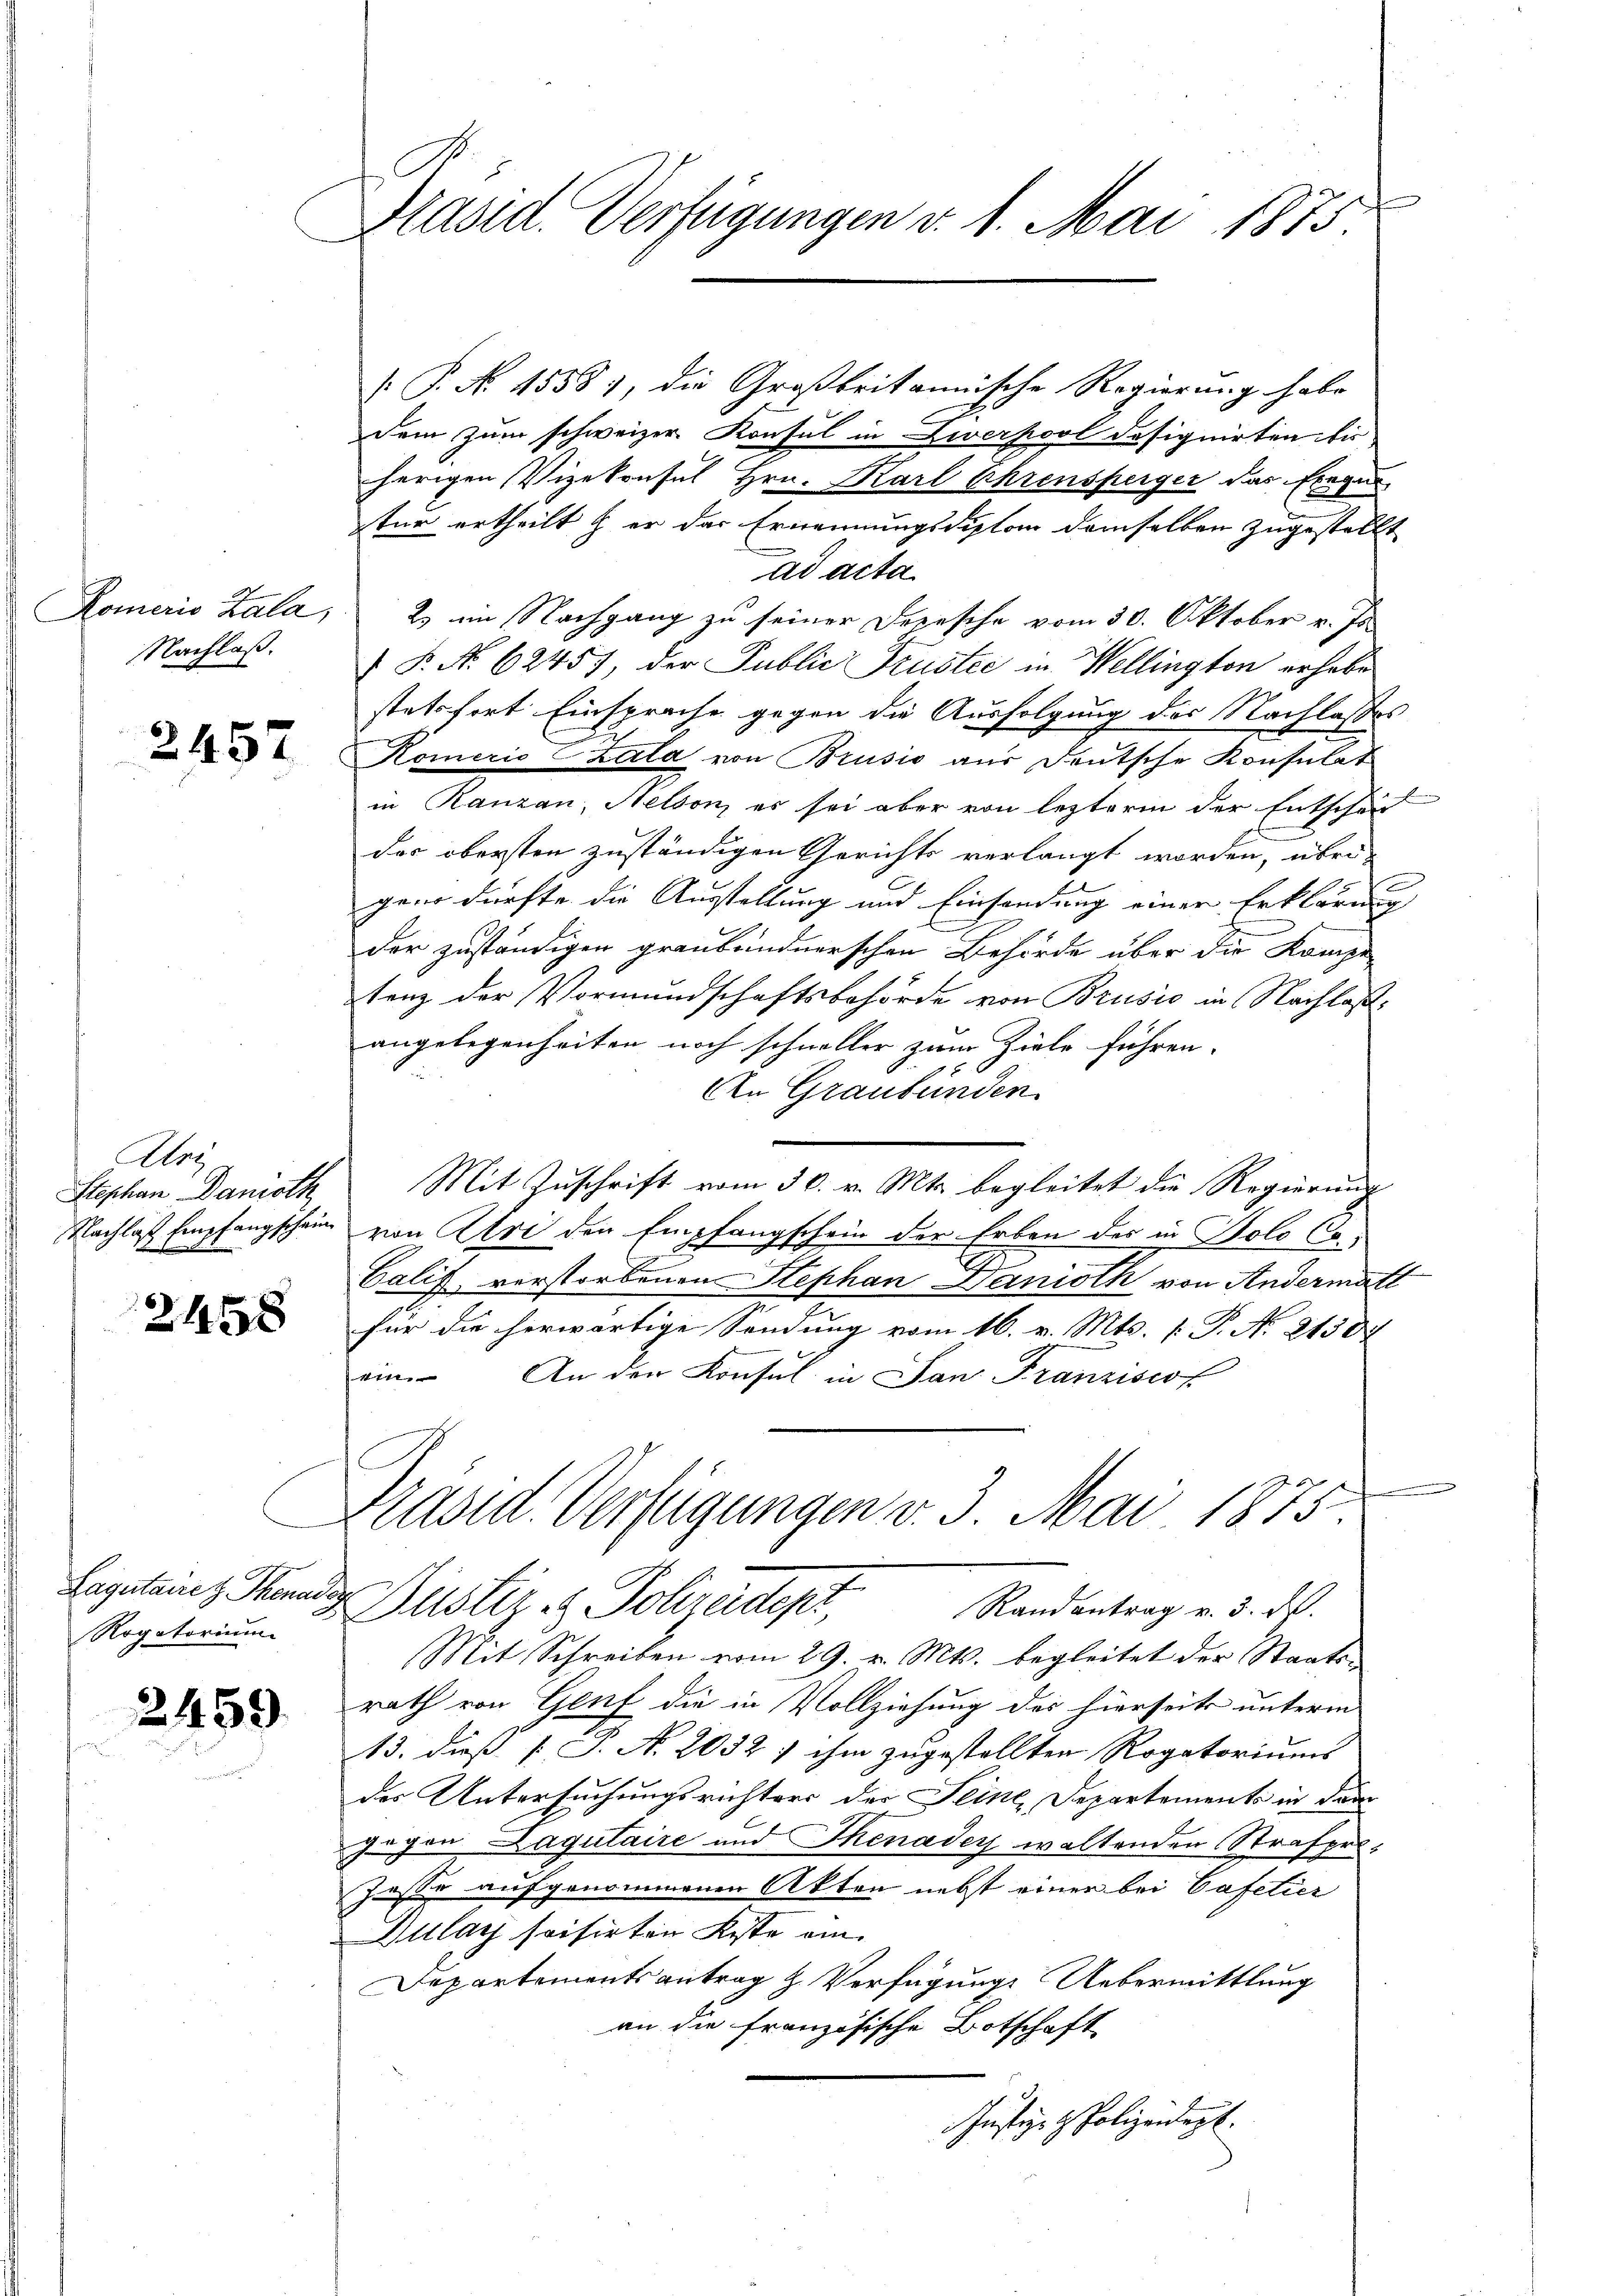
Komeris Zala,
Nachlaß.

2457

Uri
Stephan Damoth

2458

Lagutaire & Thenae
Rogatorium

2459

Präsid. Verfügungen v. 1. Mai 1875.

[ P. No. 1558), die Großbritannische Regierung habe
Dem zum schweizer Konsul in Zwerpool dasignirten bis
herigen Vizekonsul Hrn. Karl Ehrensperger das Exeges
tur ertheilt er der Ernennungsdiplom demselben zugestellt
ad acta
2) im Nachgang zu seiner Freesche vom 30. Oktober v. Js.
 P. No 62457, der Public Pruster in Wellington erhabe
stetsfort Einsprache gegen die Ausfolgung des Nachlasses
Komerio Zata von Brusio aus Deutsche Konsulat
in Ranzan, Nelson, es sei aber von lezterm der Entschei
des obersten zuständigen Gerichts verlangt worden, übrigen dürfte die Ausstellung und Einsendung einer Erklärung
der zuständigen graubündnerschen Behörde über die Kompe-
tenz der Vormundschaftsbehörde von Brusio in Nachlaßangelegenheiten noch schneller zum Ziele führen.
An Graubünden.
Mit Zuschrift vom 30. v. Mts. begleitet die Regierung
Nachlaß Empfangschein von Uri den Empfangschein der Erben des in Solo Con¬
Calis, verstorbenen Stephan Danisch von Andermatt
für die herwärtige Sendung vom 16. v. Mts. [ P. N. 21308
ein. An den Konsul in San Franziscof
.
Präsid. Verfügungen v. 3. Mai 1875.
 Justiz- & Polizeidepi,
Randantrag v. 3. d.
Mit Schreiben vom 29. v. Mts. begleitet der Staats-
rath von Genf die in Vollziehung des hierseits unterm
13. dieß [J. N. 2032 / ihm zugestellten Rogatoriums
der Untersuchungsrichters der Seine Departements in dan
gegen Lagutaire und Thenader waltenden Strafpro¬
Jeste aufgenommenen Akten nebst einer bei Cafetier
Dulay soisirten Koste ein
Departementsantrag & Verfügung Uebermittlung
an die französische Botschaft
Justiz- & Polizeidigt.